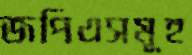
জপিএসমূহ